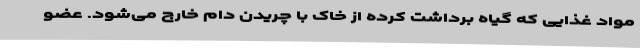
مواد غذایی که گیاه برداشت کرده از خاک با چریدن دام خارج می‌شود. عضو